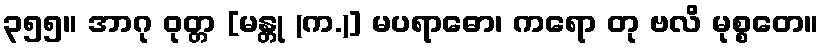
၃၅၅။ အာဂု ဝုတ္တ [မန္တု (က.)] မပရာဓော၊ ကရော တု ဗလိ မုစ္စတေ။